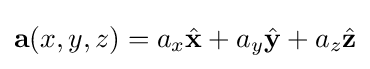
\mathbf {a} (x,y,z)=a_{x}{\hat {\mathbf {x} }}+a_{y}{\hat {\mathbf {y} }}+a_{z}{\hat {\mathbf {z} }}